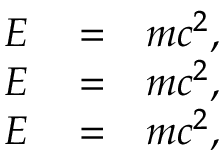
\begin{array} { r l r } { E } & { { } = } & { m c ^ { 2 } , } \\ { E } & { { } = } & { m c ^ { 2 } , } \\ { E } & { { } = } & { m c ^ { 2 } , } \end{array}